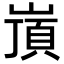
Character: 嵿